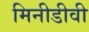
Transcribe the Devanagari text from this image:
मिनीडीवी